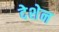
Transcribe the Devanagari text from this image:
देशेन